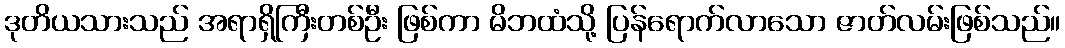
ဒုတိယသားသည် အရာရှိကြီးတစ်ဦး ဖြစ်ကာ မိဘထံသို့ ပြန်ရောက်လာသော ဇာတ်လမ်းဖြစ်သည်။